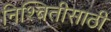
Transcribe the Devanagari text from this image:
निश्चितीसाठी